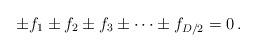
\begin{align*}\pm f_1 \pm f_2 \pm f_3 \pm \cdots\pm f_{D/2}=0\,. \end{align*}